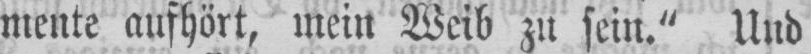
mente aufhört, mein Weib zu sein.“ Und